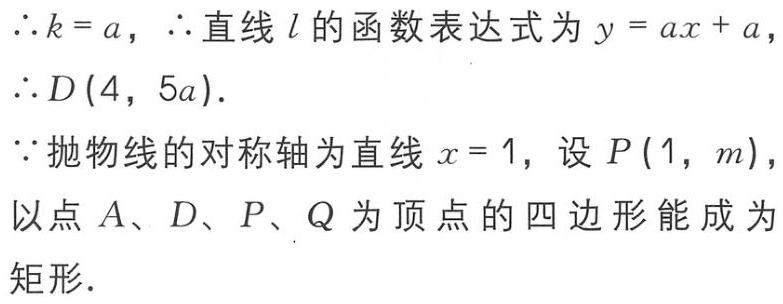
\(\therefore k = a,\ \therefore\)直线\(l\)的函数表达式为\(y = ax + a,\)
\(\therefore D(4,5a).\)
\(\because\)抛物线的对称轴为直线\(x = 1,\)设\(P(1,m),\)
以点\(A、D、P、Q\)为顶点的四边形能成为矩形.